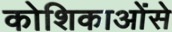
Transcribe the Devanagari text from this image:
कोशिकाओंसे